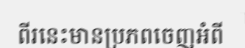
ពីរនេះមានប្រភពចេញអំពី